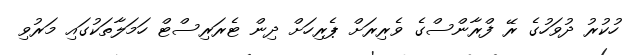
ހުކުރު ދުވަހުގެ ރޭ ފްރާންސްގެ ވެރިރަށް ޕެރިހަށް ދިން ޓެރަރިސްޓް ހަމަލާތަކުގައި މަރުވި